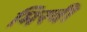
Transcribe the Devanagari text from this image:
मिरवी